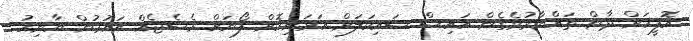
އޮފީހަށް ދާން ތައްޔާރުވެގެން އައިސް ސައިކަލަށް އަރަނިކޮށް ފޯނަށް މެސެޖެއް އައުމުން ޔާނިހު